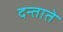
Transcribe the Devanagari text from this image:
दन्ताते